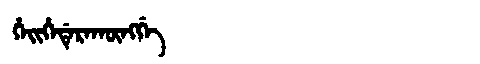
Manchu: ᡥᡝᡳᡥᡝᡩᡝᡵᠠᡴᡡᠩᡤᡝ
Romanization: HEIHEDERAKŪNGGE